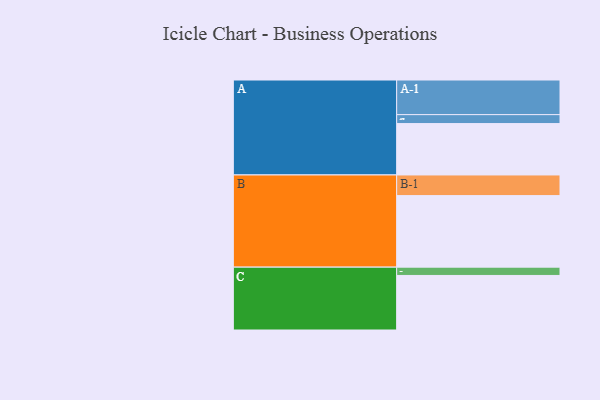
{"axis": {"x": "Segment", "y": "Value"}, "legend": ["", "A", "B", "C"], "data": [{"x": "A", "y": 408, "type": ""}, {"x": "B", "y": 568, "type": ""}, {"x": "C", "y": 433, "type": ""}, {"x": "A-1", "y": 275, "type": "A"}, {"x": "A-2", "y": 71, "type": "A"}, {"x": "B-1", "y": 164, "type": "B"}, {"x": "C-1", "y": 66, "type": "C"}]}